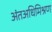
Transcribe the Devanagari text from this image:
अंतअधिमिश्रण